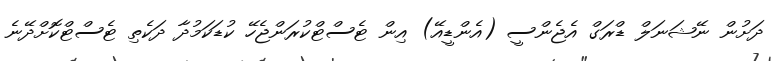
ދަށުން ނޭޝަނަލް ޑްރަގް އެޖެންސީ (އެންޑީއޭ) އިން ޓެސްޓްކުރަންޖެހޭ ކުޑަކަމުދާ ދަކެތި ޓެސްޓްކޮށްދޭނެ